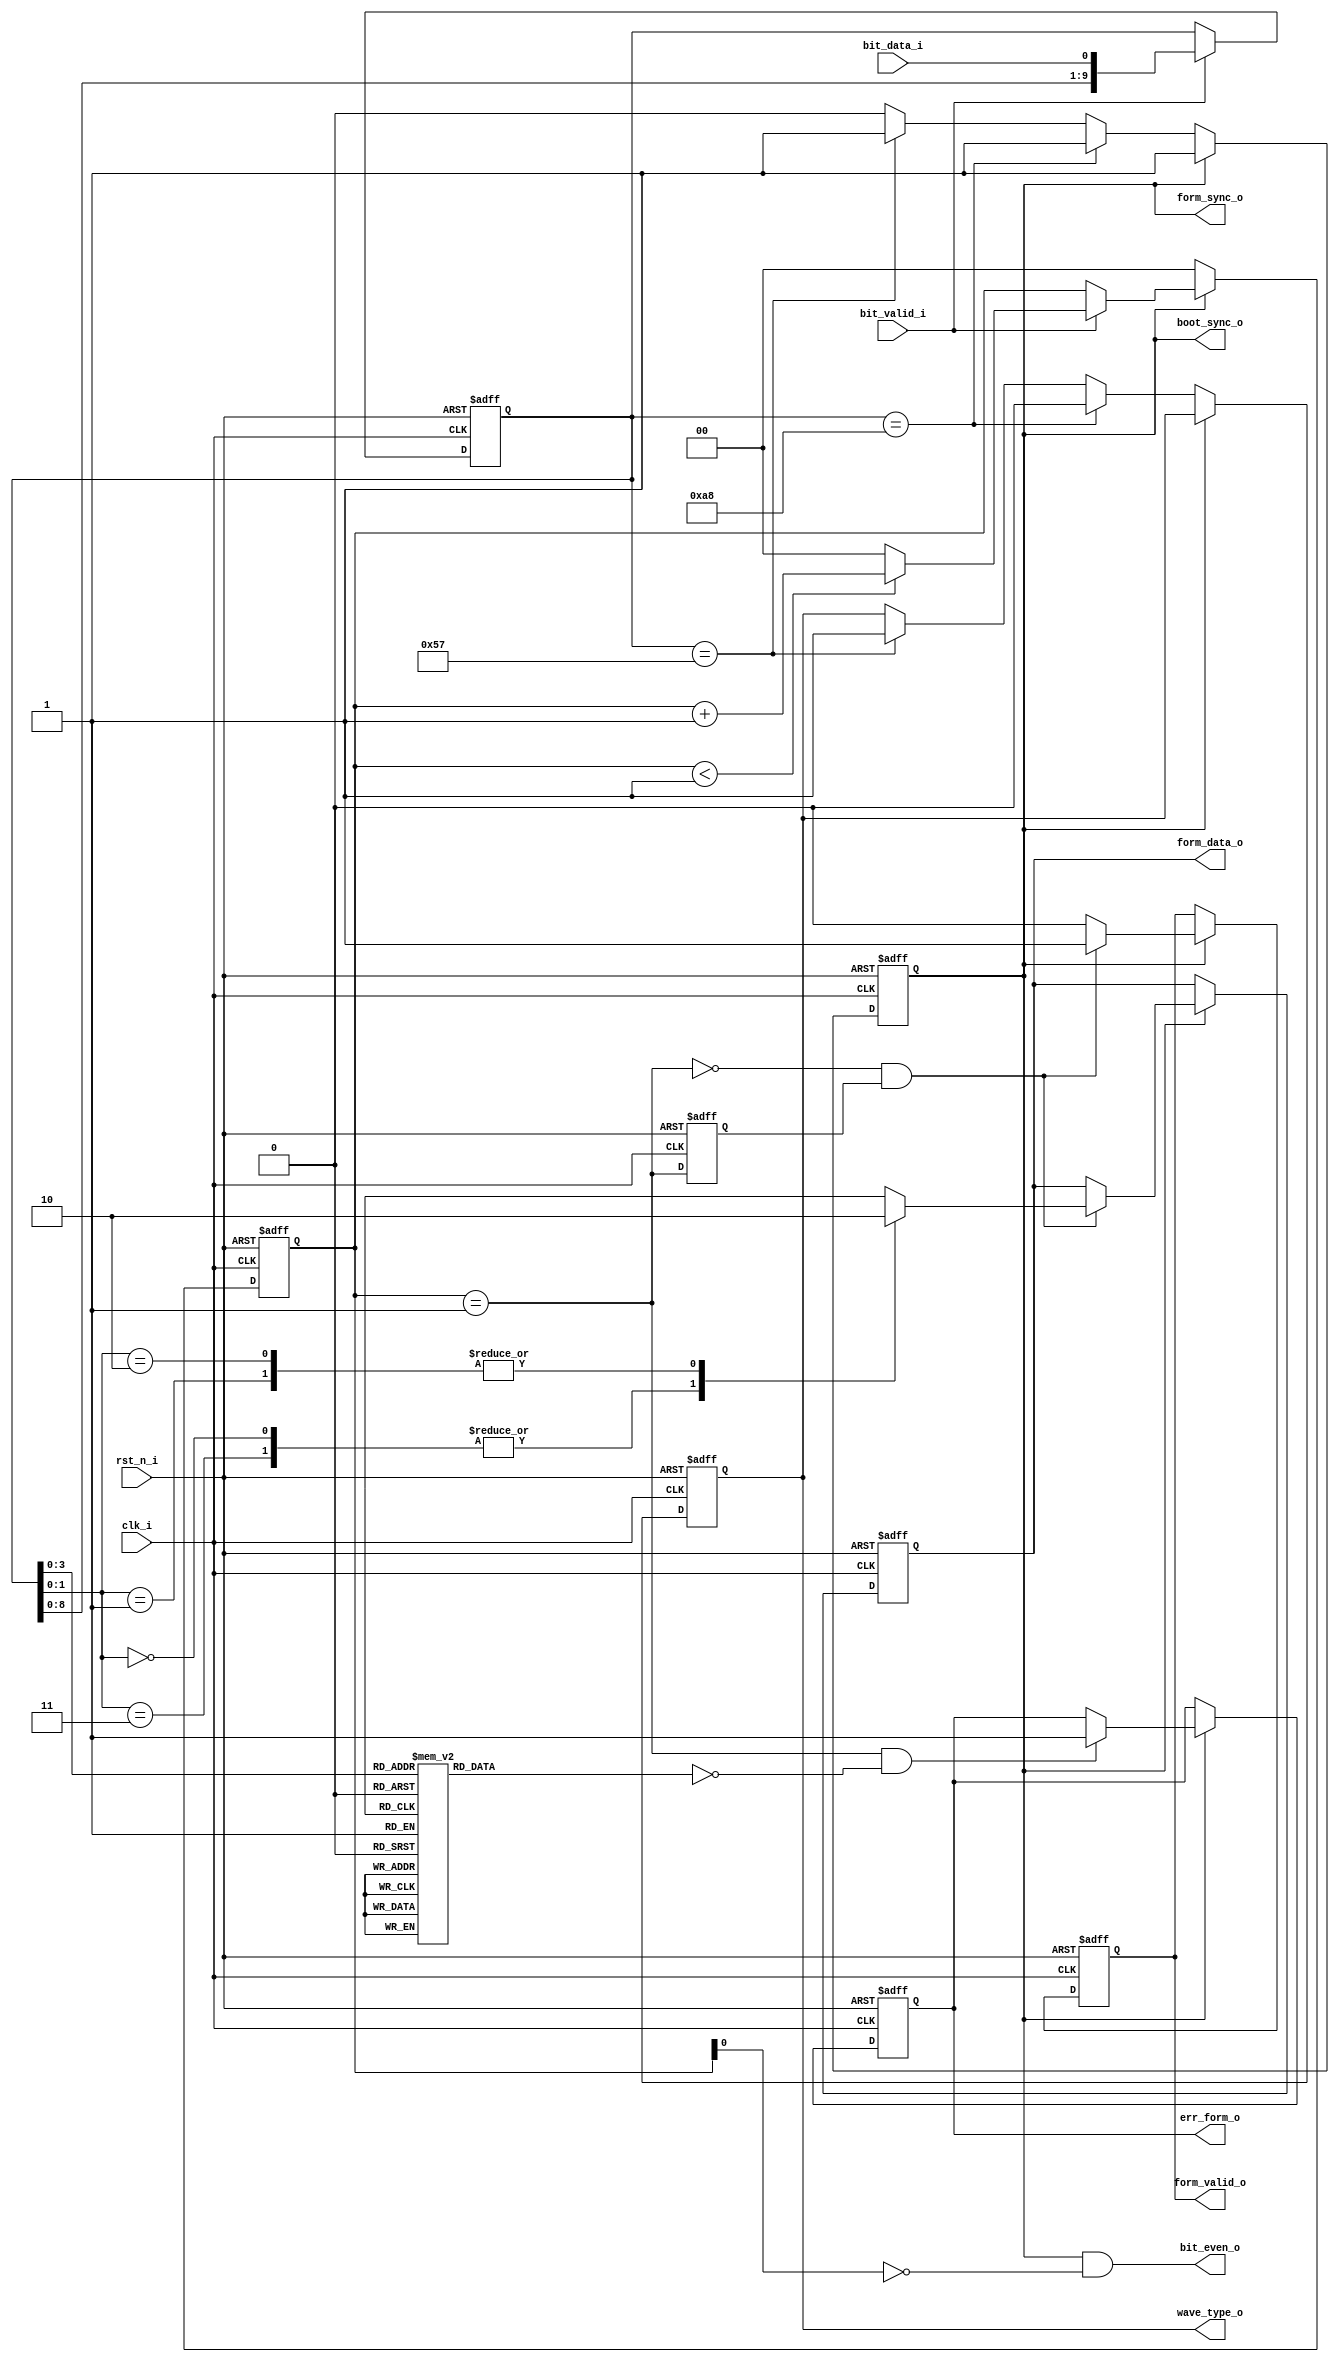
//created by zhouhang 20170227
//FM0
//v1.0.0227

module FM0_Decoder(
	clk_i,
	rst_n_i,
	
	bit_valid_i,
	bit_data_i,
	
	wave_type_o,
	err_form_o,
	form_sync_o,
	boot_sync_o,
	
	bit_even_o,
	
	form_valid_o,
	form_data_o
);
//parameter SET_BOOT_PDG = 10'b01_1010_1000;
//parameter SET_BOOT_NDG = 10'b10_0101_0111;

parameter SET_BOOT_PDG = 8'b1010_1000;
parameter SET_BOOT_NDG = 8'b0101_0111;

input wire clk_i;
input wire rst_n_i;

input wire bit_valid_i;
input wire bit_data_i;

output reg wave_type_o;
output reg err_form_o;
output wire form_sync_o;
output wire boot_sync_o;

output wire bit_even_o;

output reg form_valid_o;
output reg form_data_o;

reg [9:0] shift_bits;
wire [9:0] boot_check;
wire [1:0] current_status;
wire [1:0] last_status;

reg flag_boot_lock;
reg flag_right_change;
reg [1:0] cnt_bits;

wire check_valid;	
reg delay_check_valid;
wire pdg_check_valid;
wire ndg_check_valid;

assign current_status = shift_bits[1:0];
assign last_status = shift_bits[3:2];
assign boot_check = shift_bits;
always@(posedge clk_i,negedge rst_n_i)
	begin
	if(!rst_n_i)
		begin
		shift_bits <= 10'd0;
		delay_check_valid <= 1'b0;
		end
	else
		begin
		delay_check_valid <= check_valid;
		if(bit_valid_i)
			shift_bits <= {shift_bits[8:0],bit_data_i};
		end
	end
assign pdg_check_valid = check_valid & (~delay_check_valid);
assign ndg_check_valid = (~check_valid) & delay_check_valid;

//	
always@(current_status,last_status,flag_boot_lock)
	begin
	case({last_status,current_status})
	4'b1010,4'b0101,4'b1011,4'b0100,
	4'b1101,4'b0010,4'b1100,4'b0011:
		begin
		flag_right_change = 1'b1;
		end
	default:
		begin
		flag_right_change = 1'b0;
		end
	endcase
	end

assign check_valid = (cnt_bits == 2'd1);
assign boot_sync_o = flag_boot_lock;
assign form_sync_o = flag_boot_lock;
assign bit_even_o = (flag_boot_lock & (cnt_bits[0] == 1'b0));
always@(posedge clk_i,negedge rst_n_i)
	begin
	if(!rst_n_i)
		begin
		flag_boot_lock <= 1'b0;
		wave_type_o <= 1'b0;
		cnt_bits <= 2'd0;
		err_form_o <= 1'b0;
		form_valid_o <= 1'b0;
		form_data_o <= 1'b0;
		end
	else
		begin
		if(flag_boot_lock)
			begin
			if(check_valid & (~flag_right_change))
				begin
				err_form_o <= 1'b1;
				end
				
			if(ndg_check_valid)
				begin
				form_valid_o <= 1'b1;
				case(current_status)
				2'b00,2'b11:
					form_data_o <= 1'b1;
				2'b10,2'b01:
					form_data_o <= 1'b0;
				endcase
				end
			else
				begin
				form_valid_o <= 1'b0;
				end
				
			if(bit_valid_i)
				begin
				if(cnt_bits < 2'd1)
					begin
					cnt_bits <= cnt_bits + 2'd1;
					end
				else
					begin
					cnt_bits <= 2'd0;
					end
				end
			end
		else
			begin
			cnt_bits <= 2'd0;
			if(boot_check == SET_BOOT_PDG)
				begin
				wave_type_o <= 1'b0;
				flag_boot_lock <= 1'b1;
				end
			else if(boot_check == SET_BOOT_NDG)
				begin
				wave_type_o <= 1'b1;
				flag_boot_lock <= 1'b1;
				end
			end
		end
	end

endmodule